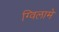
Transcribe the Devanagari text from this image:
ग्विलामे